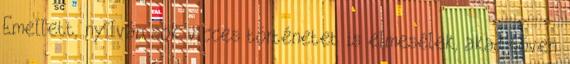
Emellett, nyílván sok vicces történetet is elmesélek, akad bőven